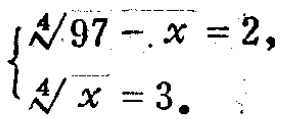
$\begin{cases}

\sqrt[4]{97 - x}=2,\\

\sqrt[4]{x}=3.

\end{cases}$